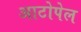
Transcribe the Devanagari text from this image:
आटोपेल